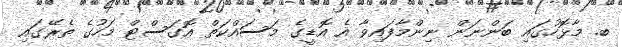
ބ. މާޅޮހުގައި ބަންނަން ނިންމާފައިވާ އެ އޮޑީގެ މަސައްކަތް އޮގަސްޓް މަހުގެ ތެރޭގައި